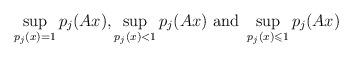
LaTeX: \begin{align*}\sup_{p_{j}(x)=1} p_{j}(Ax), \sup_{p_{j}(x)<1} p_{j}(Ax) \mbox{ and } \sup_{p_{j}(x) \leqslant 1} p_{j}(Ax)\end{align*}